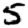
Digit: 5